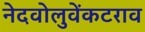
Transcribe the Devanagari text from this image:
नेदवोलुवेंकटराव